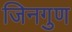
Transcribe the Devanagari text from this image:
जिनगुण